Report of the Municipal Commissioner on the plague in Bombay for the year ending 31st May... - Volume 2
Disease focus: Plague
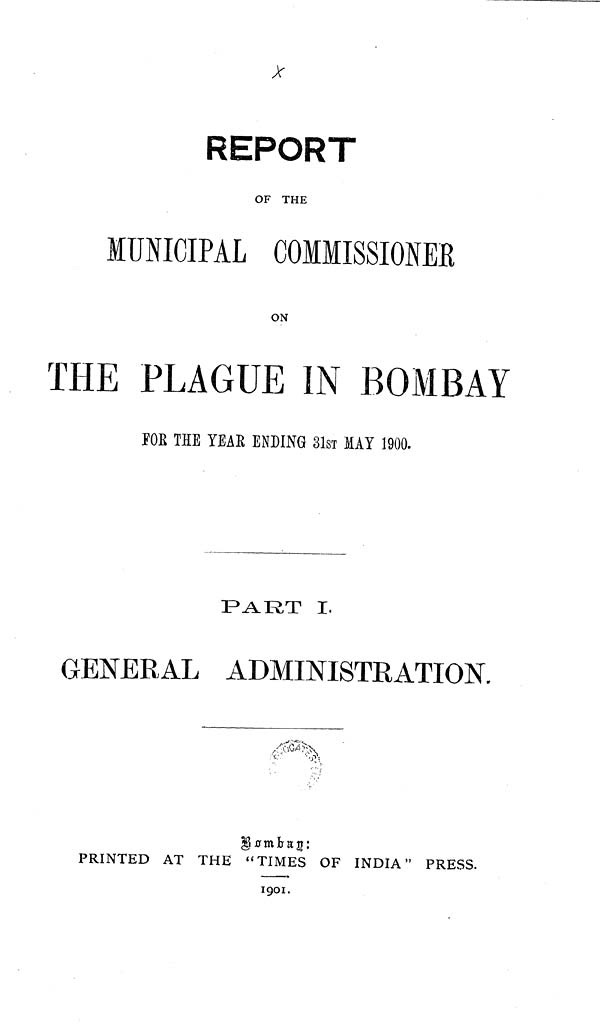
REPORT
OF THE
MUNICIPAL COMMISSIONER
ON
THE PLAGUE IN BOMBAY
ΓΟΒ THE YEAR ENDING 31sT MAY 1900.
PART I.
GENERAL ADMINISTRATION.
Bombag:
PRINTED AT THE " TIMES OF INDIA" PRESS.
1901.